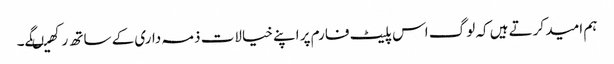
ہم امید کرتے ہیں کہ لوگ اس پلیٹ فارم پر اپنے خیالات ذمہ داری کے ساتھ رکھیںگے۔